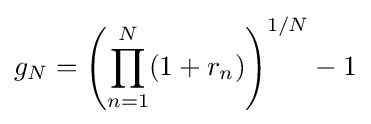
g_{N}=\left(\prod _{n=1}^{N}(1+r_{n})\right)^{1/N}-1